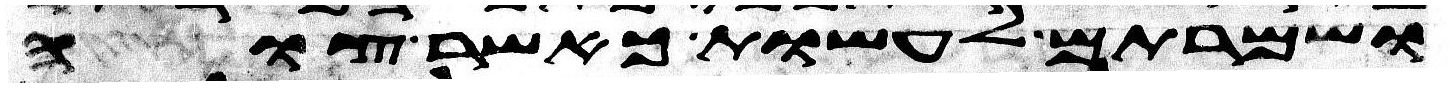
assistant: ושמרתם לעשות כאשר צוה